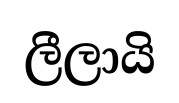
ලීලායි